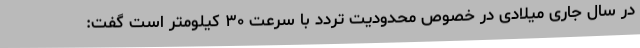
در سال جاری میلادی در خصوص محدودیت تردد با سرعت ۳۰ کیلومتر است گفت: